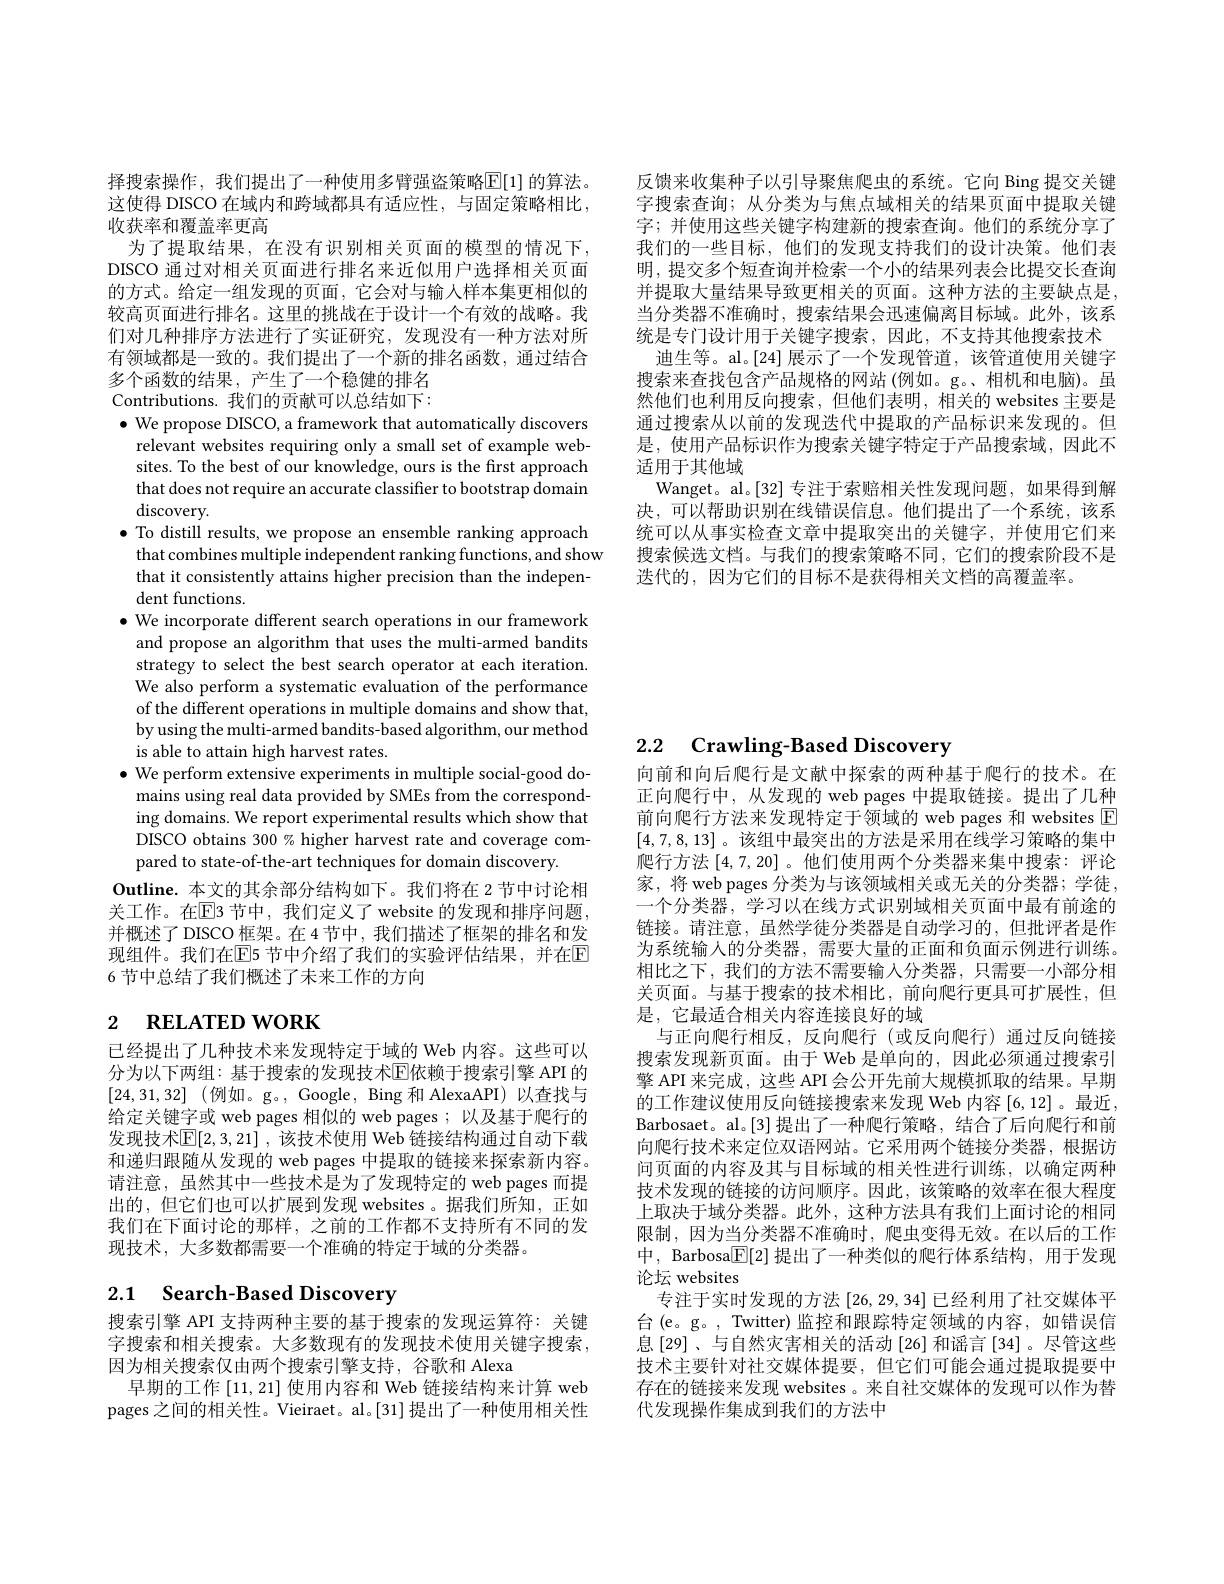
反馈来收集种子以引导聚焦爬虫的系统。它向 Bing 提交关键字搜索查询；从分类为与焦点域相关的结果页面中提取关键字；并使用这些关键字构建新的搜索查询。他们的系统分享了我们的一些目标，他们的发现支持我们的设计决策。他们表明，提交多个短查询并检索一个小的结果列表会比提交长查询并提取大量结果导致更相关的页面。这种方法的主要缺点是， 当分类器不准确时，搜索结果会迅速偏离目标域。此外，该系统是专门设计用于关键字搜索，因此，不支持其他搜索技术
迪生等。al。[24] 展示了一个发现管道，该管道使用关键字搜索来查找包含产品规格的网站 (例如。g。、相机和电脑)。虽然他们也利用反向搜索，但他们表明，相关的 websites 主要是通过搜索从以前的发现迭代中提取的产品标识来发现的。但是，使用产品标识作为搜索关键字特定于产品搜索域，因此不适用于其他域
Wanget。al。[32] 专注于索赔相关性发现问题，如果得到解决，可以帮助识别在线错误信息。他们提出了一个系统，该系统可以从事实检查文章中提取突出的关键字，并使用它们来搜索候选文档。与我们的搜索策略不同，它们的搜索阶段不是迭代的，因为它们的目标不是获得相关文档的高覆盖率。

择搜索操作，我们提出了一种使用多臂强盗策略$\mathbb{E}[1]$ 的算法。这使得 DISCO 在域内和跨域都具有适应性，与固定策略相比， 收获率和覆盖率更高
为了提取结果，在没有识别相关页面的模型的情况下， DISCO 通过对相关页面进行排名来近似用户选择相关页面的方式。给定一组发现的页面，它会对与输人样本集更相似的较高页面进行排名。这里的挑战在于设计一个有效的战略。我们对几种排序方法进行了实证研究，发现没有一种方法对所有领域都是一致的。我们提出了一个新的排名函数，通过结合多个函数的结果，产生了一个稳健的排名Contributions.我们的贡献可以总结如下： $\bullet$ We propose DISCO, a framework that automatically discovers
relevant websites requiring only a small set of example websites. To the best of our knowledge, ours is the first approach that does not require an accurate classifier to bootstrap domain discovery.
$\bullet$ To distill results, we propose an ensemble ranking approach
that combines multiple independent ranking functions, and show that it consistently attains higher precision than the independent functions.
$\bullet$ We incorporate different search operations in our framework
and propose an algorithm that uses the multi-armed bandits strategy to select the best search operator at each iteration. We also perform a systematic evaluation of the performance of the different operations in multiple domains and show that, by using the multi-armed bandits-based algorithm, our method is able to attain high harvest rates.
$\bullet$ We perform extensive experiments in multiple social-good do-
mains using real data provided by SMEs from the corresponding domains. We report experimental results which show that DISCO obtains 300% higher harvest rate and coverage compared to state-of-the-art techniques for domain discovery.
Outline. 本文的其余部分结构如下。我们将在 2 节中讨论相关工作。在$\mathbb{E}$3 节中，我们定义了 website 的发现和排序问题， 并概述了 DISCO 框架。在 4节中，我们描述了框架的排名和发现组件。我们在$\overline{\mathrm{E}}$5 节中介绍了我们的实验评估结果，并在$\mathbb{E}$ 6 节中总结了我们概述了未来工作的方向

# 2 $\textbf{RELATED WORK}$

已经提出了几种技术来发现特定于域的 Web 内容。这些可以分为以下两组：基于搜索的发现技术$\operatorname{E}$依赖于搜索引擎 API 的[24,31,32] (例如。g。,Google, Bing 和 AlexaAPI)以查找与给定关键字或 web pages 相似的 web pages;以及基于爬行的发现技术$\mathbb{E}[2,3,21]$ ,该技术使用 Web 链接结构通过自动下载和递归跟随从发现的 web pages 中提取的链接来探索新内容。请注意，虽然其中一些技术是为了发现特定的 web pages 而提出的，但它们也可以扩展到发现 websites 。据我们所知，正如我们在下面讨论的那样，之前的工作都不支持所有不同的发现技术，大多数都需要一个准确的特定于域的分类器。

# 2.1 Search-Based Discovery

搜索引擎 API 支持两种主要的基于搜索的发现运算符：关键字搜索和相关搜索。大多数现有的发现技术使用关键字搜索， 因为相关搜索仅由两个搜索引擎支持，谷歌和 Alexa
早期的工作[11,21]使用内容和 Web 链接结构来计算 web pages 之间的相关性。Vieiraet。al。[31]提出了一种使用相关性

# 2.2 Crawling-Based Discovery

向前和向后爬行是文献中探索的两种基于爬行的技术。在正向爬行中，从发现的 web pages 中提取链接。提出了几种前向爬行方法来发现特定于领域的 web pages 和 websites E [4,7,8,13]。该组中最突出的方法是采用在线学习策略的集中爬行方法[4,7,20] 。他们使用两个分类器来集中搜索：评论家，将 web pages 分类为与该领域相关或无关的分类器；学徒， 一个分类器，学习以在线方式识别域相关页面中最有前途的链接。请注意，虽然学徒分类器是自动学习的，但批评者是作为系统输入的分类器，需要大量的正面和负面示例进行训练。相比之下，我们的方法不需要输入分类器，只需要一小部分相关页面。与基于搜索的技术相比，前向爬行更具可扩展性，但是，它最适合相关内容连接良好的域
与正向爬行相反，反向爬行(或反向爬行)通过反向链接搜索发现新页面。由于 Web 是单向的，因此必须通过搜索引擎 API 来完成，这些 API 会公开先前大规模抓取的结果。早期的工作建议使用反向链接搜索来发现 Web 内容 [6,12]。最近， Barbosaet。al。[3] 提出了一种爬行策略，结合了后向爬行和前向爬行技术来定位双语网站。它采用两个链接分类器，根据访问页面的内容及其与目标域的相关性进行训练，以确定两种技术发现的链接的访问顺序。因此，该策略的效率在很大程度上取决于域分类器。此外，这种方法具有我们上面讨论的相同限制，因为当分类器不准确时，爬虫变得无效。在以后的工作中，Barbosa$\boxed{\mathbb{E}}[2]$提出了一种类似的爬行体系结构，用于发现论坛 websites
专注于实时发现的方法[26,29,34]已经利用了社交媒体平台(e。g。, Twitter) 监控和跟踪特定领域的内容，如错误信息 [29]、与自然灾害相关的活动 [26] 和谣言 [34] 。尽管这些技术主要针对社交媒体提要，但它们可能会通过提取提要中存在的链接来发现 websites 。来自社交媒体的发现可以作为替代发现操作集成到我们的方法中